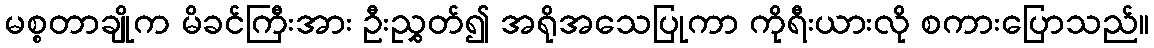
မစ္စတာချိုက မိခင်ကြီးအား ဦးညွှတ်၍ အရိုအသေပြုကာ ကိုရီးယားလို စကားပြောသည်။